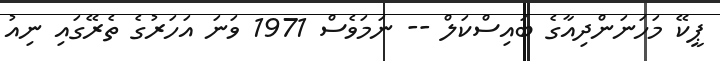
ޕީކޭ މަހަނަންދިއާގެ ބައިސްކަލް -- ނަމަވެސް 1971 ވަނަ އަހަރުގެ ތެރޭގައި ނިއު